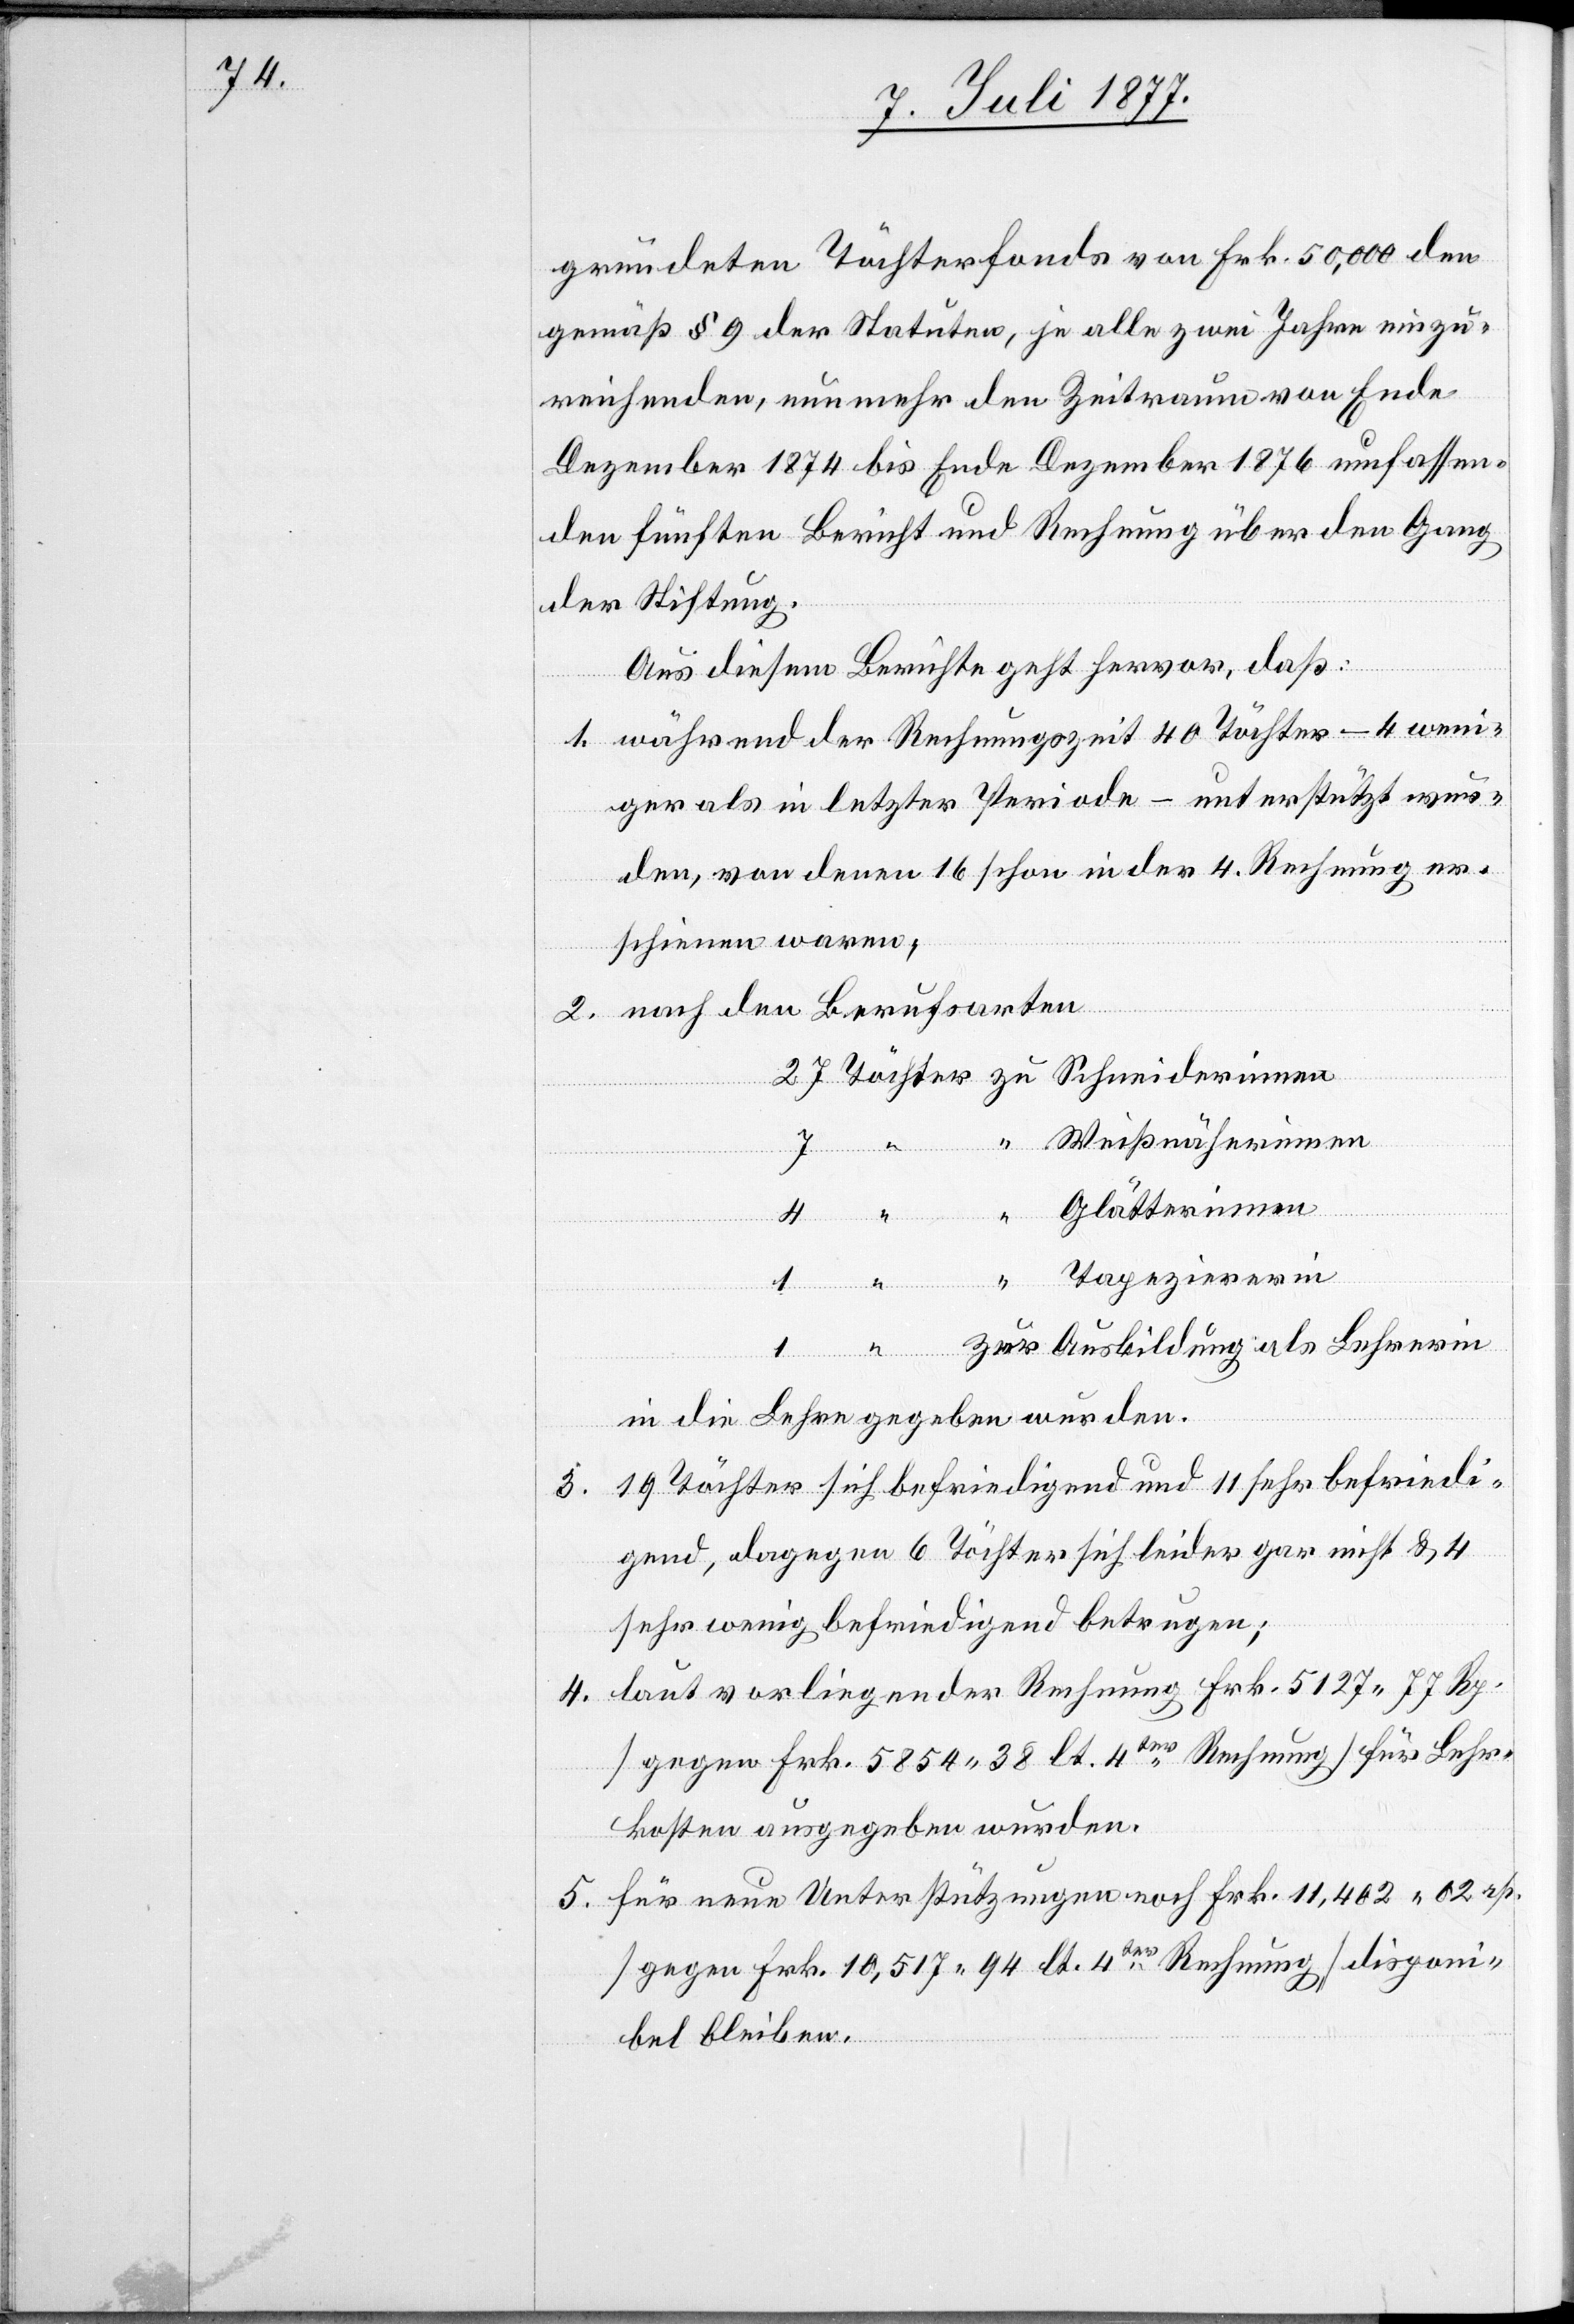
2.
gründeten Töchterfonds von Frk. 50,000 den
gemäß § 9 der Statuten, je alle zwei Jahre einzu¬
reichenden, nunmehr den Zeitraum von Ende
Dezember 1874 bis Ende Dezember 1876 umfassen¬
den fünften Bericht und Rechnung über den Gang
der Stiftung.
Aus diesem Berichte geht hervor, daß:
während der Rechnungszeit 40 Töchter – 4 weni¬
ger als in letzter Periode – unterstützt wur¬
den, von denen 16 schon in der 4. Rechnung er¬
schienen waren;
24 Töchter zu Schneiderinnen
4.
Weißnäherinnen
Glätterinnen
nach den
sarten
4 “
1 “ “ Tapeziererin
1 “ zur Ausbildung als Lehrerin
in die Lehre gegeben wurden.
19 Töchter sich befriedigend und 11 sehr befriedi¬
5.
gend, dagegen 6 Töchter sich leider gar nicht & 4
sehr wenig befriedigend betrugen;
laut vorliegender Rechnung Frk. 5127 77 Rp.
[gegen Frk. 5854.38 lt. 4ter Rechnung] für Lehr¬
kosten ausgegeben wurden.
für neue Unterstützungen noch Frk. 11,402 02 rp.
[gegen Frk. 10,517.94 lt. 4ter Rechnung] disponi¬
bel bleiben.